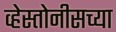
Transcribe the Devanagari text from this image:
व्हेस्तोनीसच्या